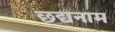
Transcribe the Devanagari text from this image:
छद्यनाम